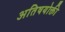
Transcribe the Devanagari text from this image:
अतिषयोक्ती